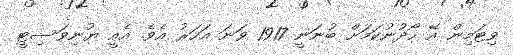
ވިޓަމިން އޭ ހޯދުނުކަމަށް ބުނަނީ 1917 ވަނަ އަހަރު އެވެ. އެއީ ޔުނިވަސިޓީ